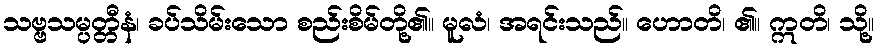
သဗ္ဗသမ္ပတ္တီနံ၊ ခပ်သိမ်းသော စည်းစိမ်တို့၏။ မူလံ၊ အရင်းသည်။ ဟောတိ၊ ၏။ ဣတိ၊ သို့။